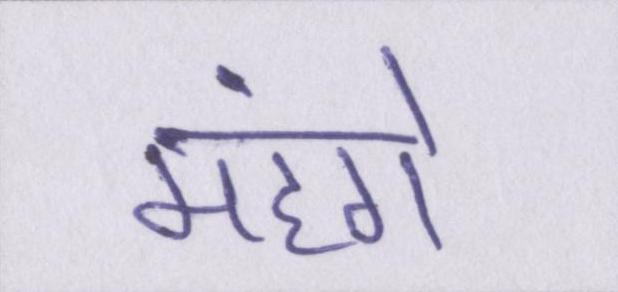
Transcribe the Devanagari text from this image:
मंहगे